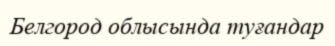
Белгород облысында туғандар